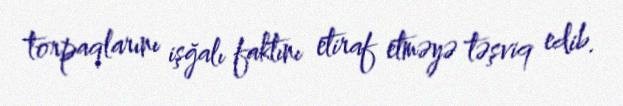
torpaqlarını işğalı faktını etiraf etməyə təşviq edib.